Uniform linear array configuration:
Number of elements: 64
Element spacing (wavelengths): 0.75
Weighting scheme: cosine
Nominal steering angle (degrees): -30
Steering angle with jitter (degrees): -30.995
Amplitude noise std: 0.05
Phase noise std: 0.05

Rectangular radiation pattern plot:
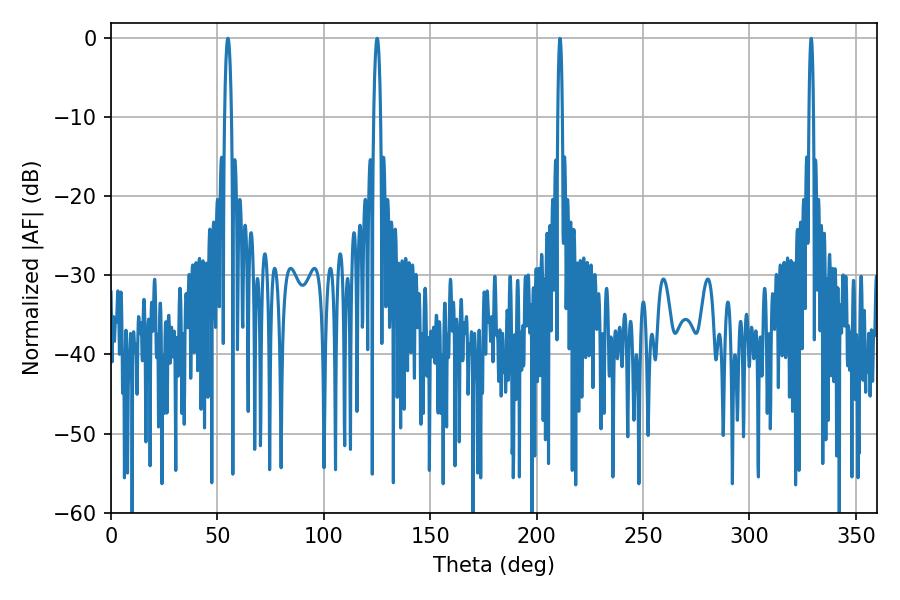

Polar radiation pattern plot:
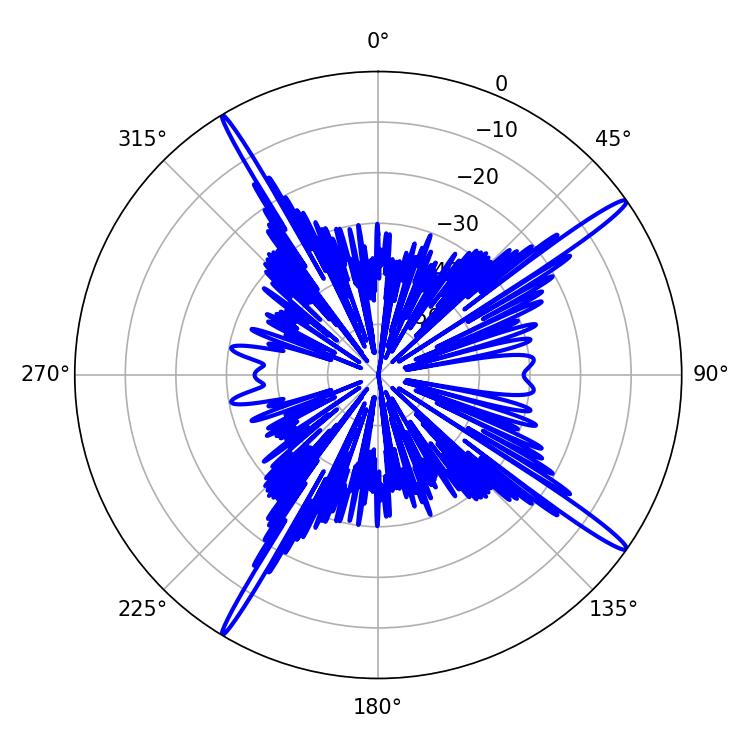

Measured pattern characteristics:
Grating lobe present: TRUE
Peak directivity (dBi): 17.612
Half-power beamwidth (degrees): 1.8
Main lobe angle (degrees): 54.9